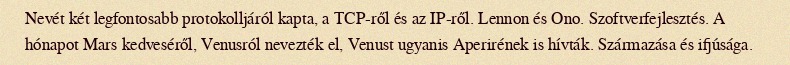
Nevét két legfontosabb protokolljáról kapta, a TCP-ről és az IP-ről. Lennon és Ono. Szoftverfejlesztés. A hónapot Mars kedveséről, Venusról nevezték el, Venust ugyanis Aperirének is hívták. Származása és ifjúsága.